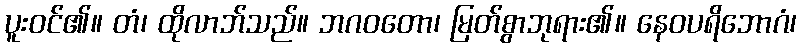
ပူးဝင်၏။ တံ၊ ထိုလာဘ်သည်။ ဘဂဝတော၊ မြတ်စွာဘုရား၏။ နေဝပရိဘောဂံ၊